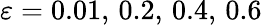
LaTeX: \varepsilon=0.01,\, 0.2,\, 0.4,\, 0.6